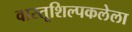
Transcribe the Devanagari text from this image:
वास्तूशिल्पकलेला